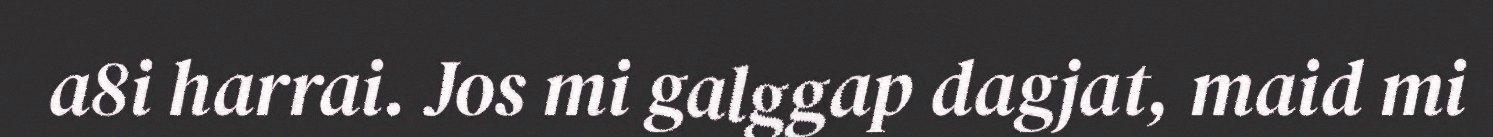
a8i harrai. Jos mi galggap dagjat, maid mi